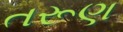
તરૂણ